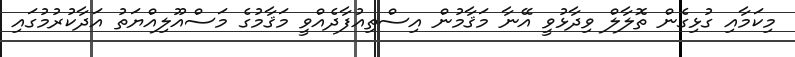
މިކަމާއި ގުޅިގެން ތޮލާލް ވިދާޅުވީ އޭނާ މަޤާމުން އިސްތިއުފާދެއްވީ މަޤާމުގެ މަސްއޫލިއްޔަތު އަދާކުރުމުގައި